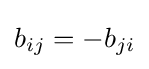
b_{ij}=-b_{ji}